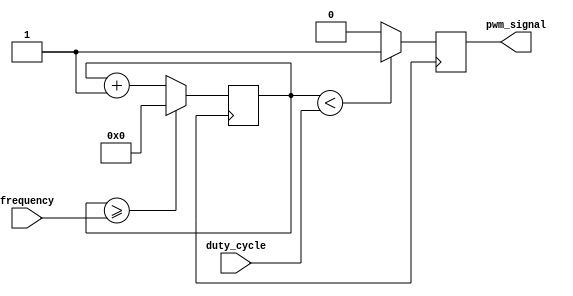
module pwm_generator (
    input wire [7:0] duty_cycle,
    input wire [15:0] frequency,
    output reg pwm_signal
);

reg [15:0] counter;

always @ (posedge clk) begin
    counter <= counter + 1;
    if(counter >= frequency) begin
        counter <= 0;
    end
    
    if(counter < duty_cycle) begin
        pwm_signal <= 1;
    end else begin
        pwm_signal <= 0;
    end
end

endmodule